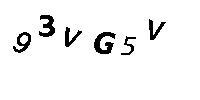
93VG5V